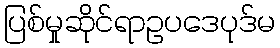
ပြစ်မှုဆိုင်ရာဥပဒေပုဒ်မ